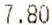
7.80